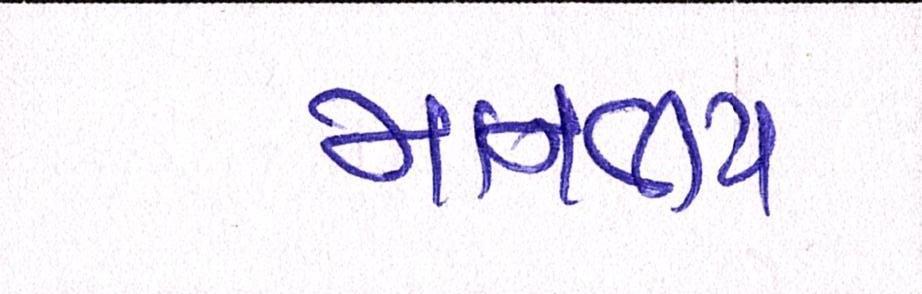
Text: માનવીય